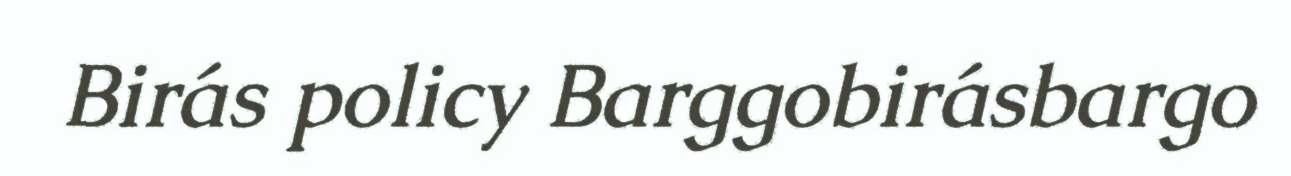
Birás policy Barggobirásbargo